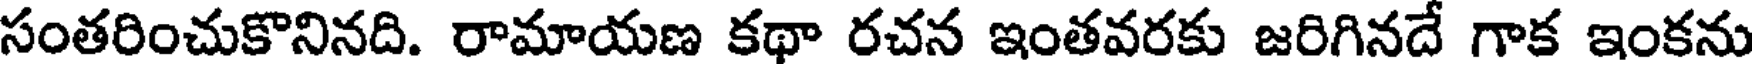
సంతరించుకొనినది. రామాయణ కథా రచన ఇంతవరకు జరిగినదే గాక ఇంకను